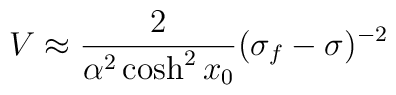
{V\approx\frac{2}{\alpha^2\cosh^2 x_0}(\sigma_f-\sigma)^{-2}}